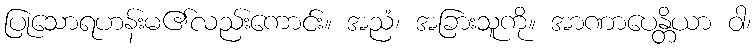
ပြုသောရဟန်းမ၏လည်းကောင်း။ အညံ၊ အခြားသူကို။ အာဏာပေန္တိယာ ဝါ၊